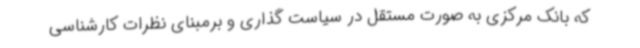
که بانک مرکزی به صورت مستقل در سیاست گذاری و برمبنای نظرات کارشناسی